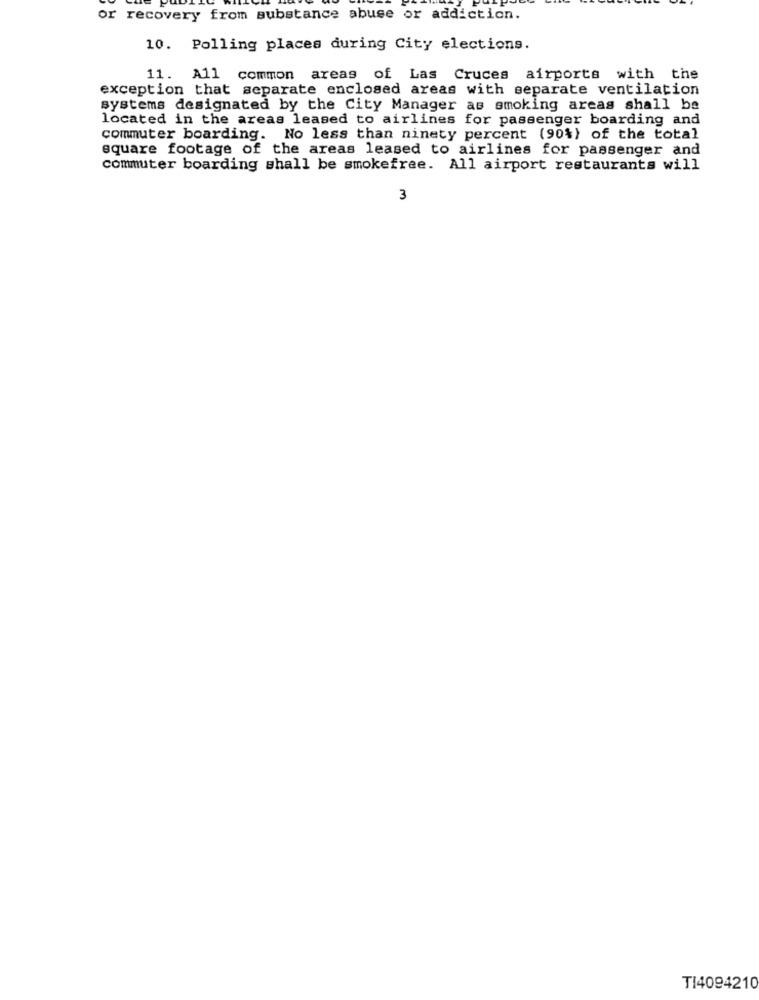
or recovery from substance abuse or addiction.
10. Polling places during City elections.
11. All common areas of Las Cruces airports with the
exception that separate enclosed areas with separate ventilation
systems designated by the City Manager as smoking areas shall be
located in the areas leased to airlines for passenger boarding and
commuter boarding. No less than ninety percent (90%) of the total
square footage of the areas leased to airlines for passenger and
commuter boarding shall be smokefree. All airport restaurants will
3
TI4094210